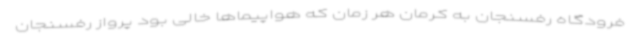
فرودگاه رفسنجان به کرمان هر زمان که هواپیماها خالی بود پرواز رفسنجان